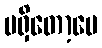
မရှိတော့ပေ